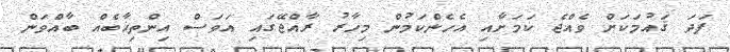
ފަދަ ޤައުމަކަށް ވެއްޖެ ކަަމަށާއި އެހެންކަމުން މިހާރު ރާއްޖޭގައި އަވަސް އިންތިޚާބެއް ބާއްވަން